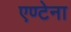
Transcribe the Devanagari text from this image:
एण्टेना